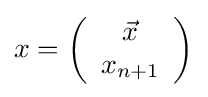
x=\left({\begin{array}{c}{\vec {x}}\\x_{n+1}\end{array}}\right)